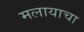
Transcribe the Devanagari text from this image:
मलायाचा